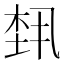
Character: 𬂴